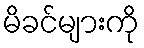
မိခင်များကို